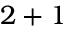
2 + 1